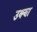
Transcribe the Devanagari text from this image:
उक्या